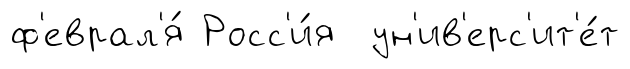
ф'еврал'я́ Росс'и́я ун'ив'ерс'ит'е́т